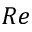
R e